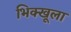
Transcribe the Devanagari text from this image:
भिक्खूला